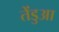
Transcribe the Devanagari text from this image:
तेंडुआ